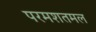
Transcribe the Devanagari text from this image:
परमशतमल